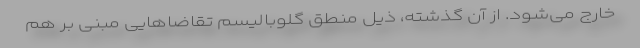
خارج می‌شود. از آن گذشته، ذیل منطق گلوبالیسم تقاضاهایی مبنی بر هم